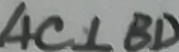
A C \bot B D